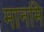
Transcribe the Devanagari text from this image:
मानमि